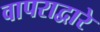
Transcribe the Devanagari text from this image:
वापराद्वारे